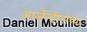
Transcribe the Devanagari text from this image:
आर्जेन्टीनाच्या